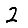
Digit: 2